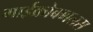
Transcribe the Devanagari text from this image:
माईक्रोबब्बलस